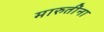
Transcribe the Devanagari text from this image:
मारुतींना